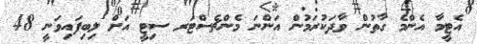
އެޓީމާ އެންމެ ގާތުން ވާދަކުރަމުން އަންނަ މެންޗެސްޓަރ ސިޓީ އަށް ލިބިފައިވަނީ 48